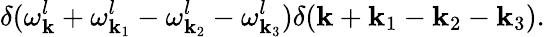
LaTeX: \delta(\omega_{\mathbf k}^{l}+\omega_{{\mathbf k}_{1}}^{l}-\omega_{{\mathbf k}_{2}}^{l}-\omega_{{\mathbf k}_{3}}^{l})\delta({\mathbf k}+{\mathbf k}_{1}-{\mathbf k}_{2}-{\mathbf k}_{3}).